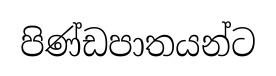
පිණ්ඩපාතයන්ට